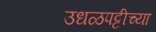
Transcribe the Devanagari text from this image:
उधळपट्टीच्या